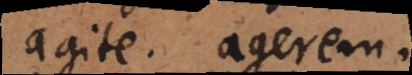
agite. agerem.